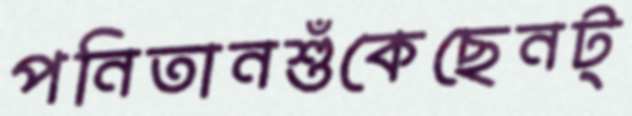
পনিতানশুঁকেছেনট্